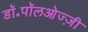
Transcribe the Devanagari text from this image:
डॉ॰पॉलओज्ज़ी